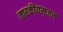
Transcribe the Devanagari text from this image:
तारकीयसृजन